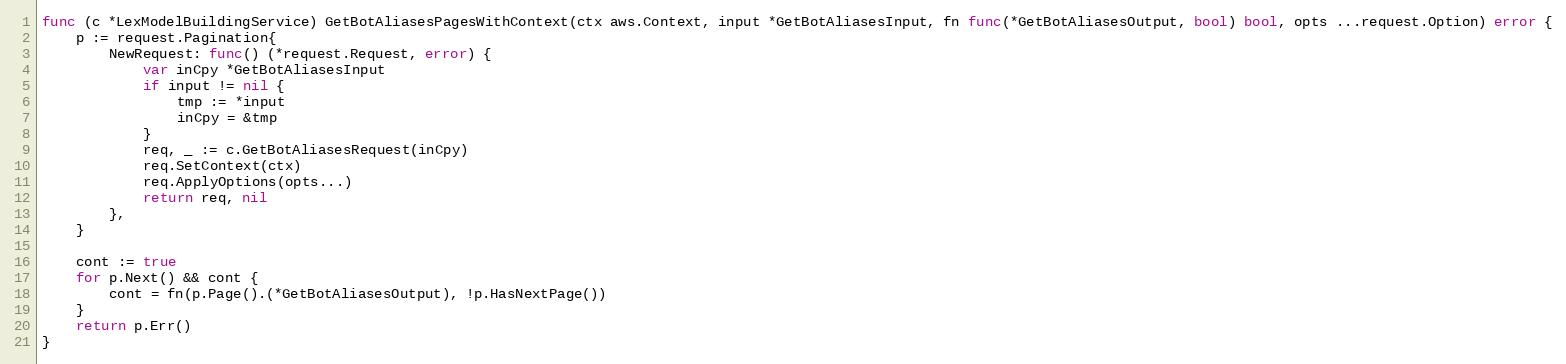
Language: Go
func (c *LexModelBuildingService) GetBotAliasesPagesWithContext(ctx aws.Context, input *GetBotAliasesInput, fn func(*GetBotAliasesOutput, bool) bool, opts ...request.Option) error {
	p := request.Pagination{
		NewRequest: func() (*request.Request, error) {
			var inCpy *GetBotAliasesInput
			if input != nil {
				tmp := *input
				inCpy = &tmp
			}
			req, _ := c.GetBotAliasesRequest(inCpy)
			req.SetContext(ctx)
			req.ApplyOptions(opts...)
			return req, nil
		},
	}

	cont := true
	for p.Next() && cont {
		cont = fn(p.Page().(*GetBotAliasesOutput), !p.HasNextPage())
	}
	return p.Err()
}